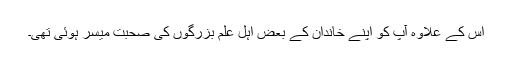
اس کے علاوہ آپ کو اپنے خاندان کے بعض اہل علم بزرگوں کی صحبت میسر ہوئی تھی۔